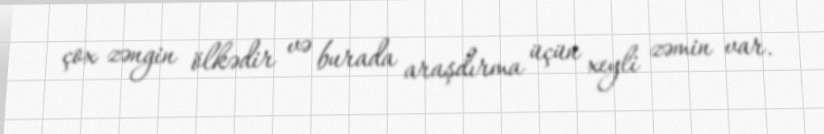
çox zəngin ölkədir və burada araşdırma üçün xeyli zəmin var.